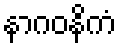
နာဂဝနိကံ